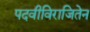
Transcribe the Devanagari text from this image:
पदवीविराजितेन